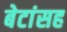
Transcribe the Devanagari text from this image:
बेटांसह